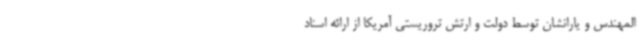
المهندس و یارانشان توسط دولت و ارتش تروریستی آمریکا از ارائه اسناد